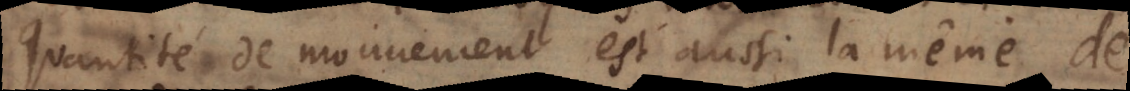
quantité de mouvement est aussi la même de